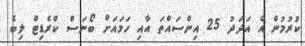
ކުރުމުން އެ އަދަދު 25 އިންސައްތަ އާއި ހަމައަށް ބޯނަސް ކްރެޑިޓް ލިބެ